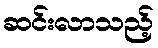
ဆင်းလာသည့်